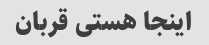
اینجا هستی قربان